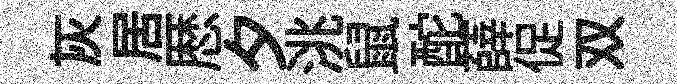
灰居厯夕洮鼠酡薛促双